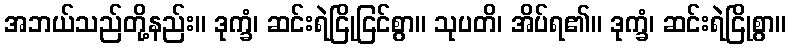
အဘယ်သည်တို့နည်း။ ဒုက္ခံ၊ ဆင်းရဲငြိုငြင်စွာ။ သုပတိ၊ အိပ်ရ၏။ ဒုက္ခံ၊ ဆင်းရဲငြိုစွာ။